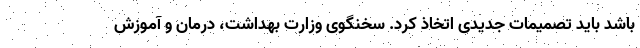
باشد باید تصمیمات جدیدی اتخاذ کرد. سخنگوی وزارت بهداشت، درمان و آموزش